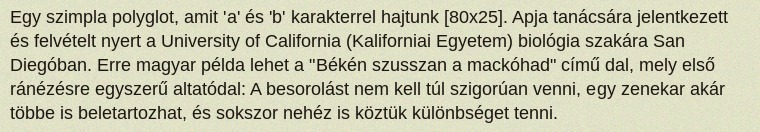
Egy szimpla polyglot, amit 'a' és 'b' karakterrel hajtunk [80x25]. Apja tanácsára jelentkezett és felvételt nyert a University of California (Kaliforniai Egyetem) biológia szakára San Diegóban. Erre magyar példa lehet a "Békén szusszan a mackóhad" című dal, mely első ránézésre egyszerű altatódal: A besorolást nem kell túl szigorúan venni, egy zenekar akár többe is beletartozhat, és sokszor nehéz is köztük különbséget tenni.